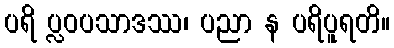
ပရိ ပ္လဝပသာဒဿ၊ ပညာ န ပရိပူရတိ။